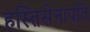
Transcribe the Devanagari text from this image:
हस्तिसेनापति